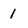
Character: 1